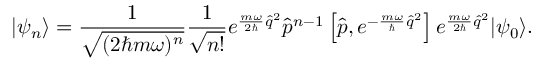
| \psi _ { n } \rangle = \frac { 1 } { \sqrt { ( 2 \hbar m \omega ) ^ { n } } } \frac { 1 } { \sqrt { n ! } } e ^ { \frac { m \omega } { 2 \hbar } \hat { q } ^ { 2 } } \hat { p } ^ { n - 1 } \left[ \hat { p } , e ^ { - \frac { m \omega } { \hbar } \hat { q } ^ { 2 } } \right] e ^ { \frac { m \omega } { 2 \hbar } \hat { q } ^ { 2 } } | \psi _ { 0 } \rangle .